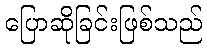
ပြောဆိုခြင်းဖြစ်သည်